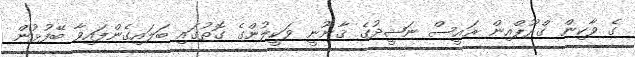
ގެ ވާކިން ގްރޫޕްއިން ރައީސް ނަޝީދުގެ ޤާނޫނީ ވަކީލުންގެ ގޮތުގައި ބަލައިގެންފައިވާ ބޭފުޅުން